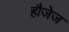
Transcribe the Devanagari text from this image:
हौजेज